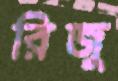
রিজু